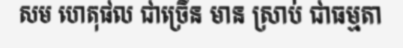
សម ហេតុផល ជាច្រើន មាន ស្រាប់ ជាធម្មតា